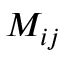
M _ { i j }